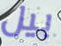
بيل